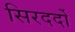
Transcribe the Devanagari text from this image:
सिरदर्दों